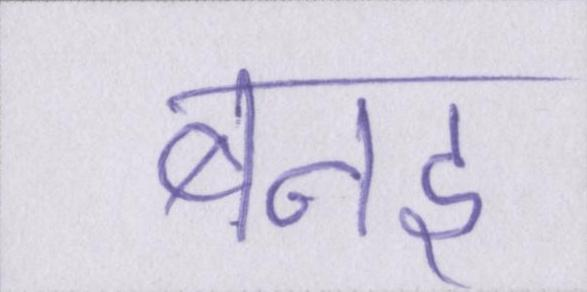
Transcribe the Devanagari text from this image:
बनइ